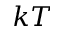
k T